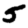
Digit: 5